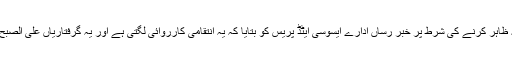
حماس کے کئی اہلکاروں نے نام نہ ظاہر کرنے کی شرط پر خبر رساں ادارے ایسوسی ایٹڈ پریس کو بتایا کہ یہ انتقامی کارروائی لگتی ہے اور یہ گرفتاریاں علی الصبح تمام فلسطینی علاقوں میں کی گئیں۔